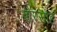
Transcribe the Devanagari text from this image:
शेरसाह